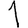
Digit: 1